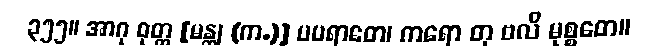
၃၅၅။ အာဂု ဝုတ္တ [မန္တု (က.)] မပရာဓော၊ ကရော တု ဗလိ မုစ္စတေ။